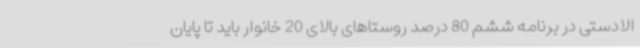
الادستی در برنامه ششم 80 درصد روستاهای بالای 20 خانوار باید تا پایان